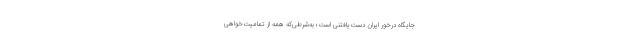
جایگاه درخور ایران دست‌یافتنی است؛ به‌شرطی‌که همه از تمامیت‌خواهی